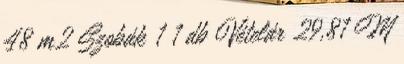
48 m2 Szobák 1 1 db Vételár 29,81 M